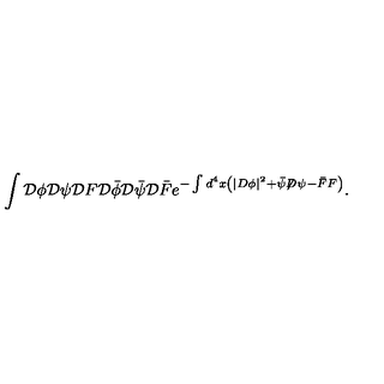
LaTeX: \int { \cal D } \phi { \cal D } \psi { \cal D } F { \cal D } \bar { \phi } { \cal D } \bar { \psi } { \cal D } \bar { F } e ^ { - \int d ^ { 4 } x \left( | D \phi | ^ { 2 } + \bar { \psi } { \not D } \psi - \bar { F } F \right) } .